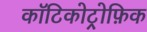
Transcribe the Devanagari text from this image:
कॉटिकोट्रोफ़िक